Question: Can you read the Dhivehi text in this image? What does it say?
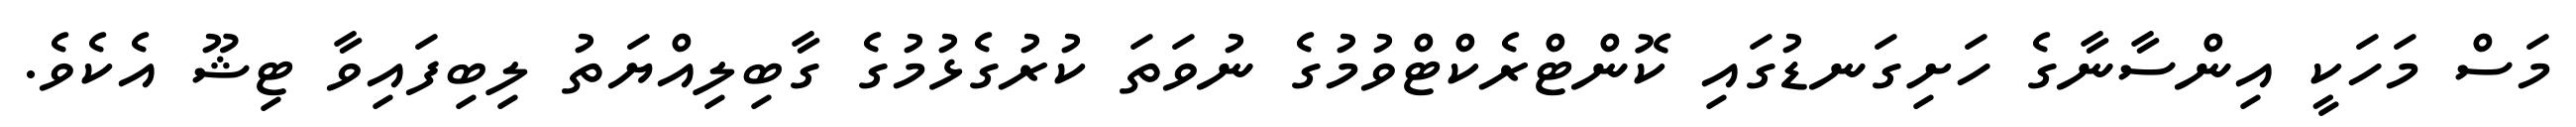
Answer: މަސް މަހަކީ އިންސާނާގެ ހަށިގަނޑުގައި ކޮންޓްރެކްޓްވުމުގެ ނުވަތަ ކުރުގެޅުމުގެ ގާބިލިއްޔަތު ލިބިފައިވާ ޓިޝޫ އެކެވެ.